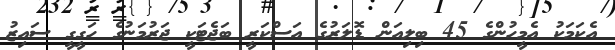
އެކަމަކު އެމީހުންގެ 45 ބިލިއަން ޑޮލަރުގެ އަސްކަރީ ބަޖެޓަކީ ޖަރުމަނުގެ ހަގީގީ ސައިޒު